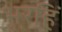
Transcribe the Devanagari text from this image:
भरहिं